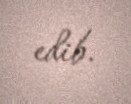
edib.